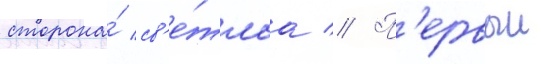
сторона́ св'е́тлаа // П'ервыи